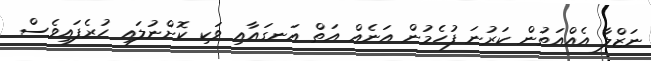
ނަޒްލާ އެއްއަތުން ކަރުނަ ފުހެމުން އަނެއް އަތް އަނގައާއި ވަކި ކޮށްނުލައި ހުރެފައިވެސް